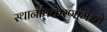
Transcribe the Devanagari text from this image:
स्थानीयकरणांमध्ये